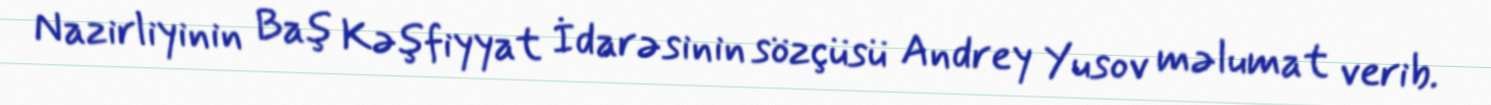
Nazirliyinin Baş Kəşfiyyat İdarəsinin sözçüsü Andrey Yusov məlumat verib.